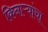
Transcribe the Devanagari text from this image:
किनाऱ्‍यांचा